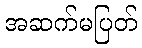
အဆက်မပြတ်